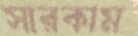
সারকাম